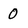
Character: 0